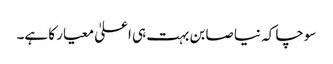
سوچا کہ نیا صابن بہت ہی اعلیٰ معیار کا ہے۔